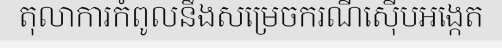
តុលាការកំពូលនឹងសម្រេចករណីស៊ើបអង្កេត